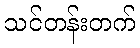
သင်တန်းတက်